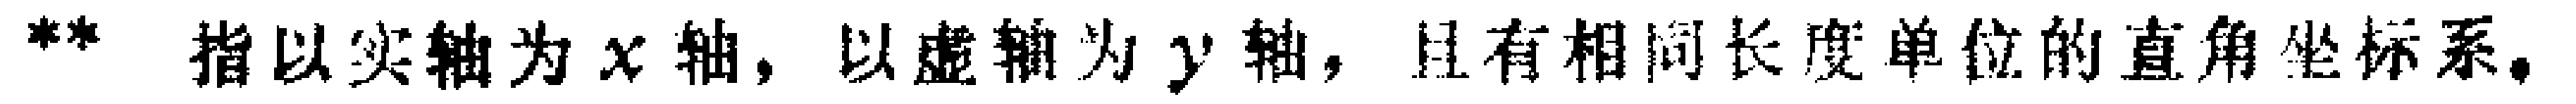
** 指以实轴为 \(x\) 轴，以虚轴为 \(y\) 轴，且有相同长度单位的直角坐标系。